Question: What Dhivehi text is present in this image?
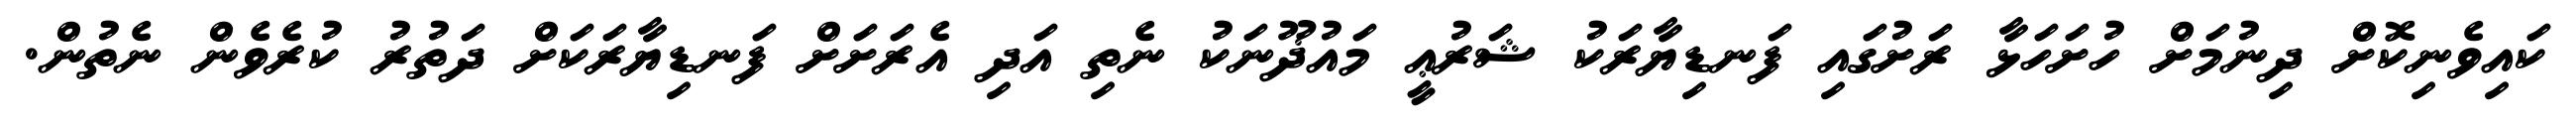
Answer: ކައިވެނިކޮށް ދިނުމަށް ހުށަހަޅާ ރަށުގައި ފަނޑިޔާރަކު ޝަރުޢީ މައުޛޫނަކު ނެތި އަދި އެރަށަށް ފަނޑިޔާރަކަށް ދަތުރު ކުރެވެން ނެތުން.